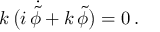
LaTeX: k \, \bigl ( i \, \dot { \tilde { \phi } } + k \, \tilde { \phi } \bigr ) = 0 \, .